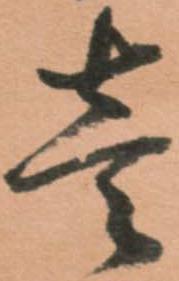
壱